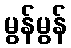
မွန်မွန်